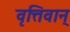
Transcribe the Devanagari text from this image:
वृत्तिवान्